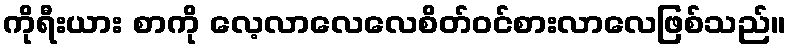
ကိုရီးယား စာကို လေ့လာလေလေစိတ်ဝင်စားလာလေဖြစ်သည်။